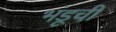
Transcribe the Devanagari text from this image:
भंडूची